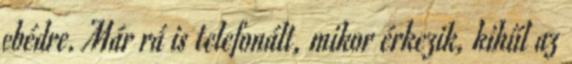
ebédre. Már rá is telefonált, mikor érkezik, kihűl az